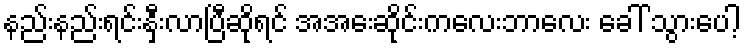
နည်းနည်းရင်းနှီးလာပြီဆိုရင် အအေးဆိုင်းကလေးဘာလေး ခေါ် သွားပေါ့